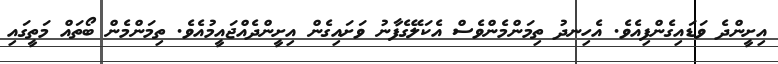
އިށީންދެ ވަޑައިގެންފިއެވެ. އެހިނދު ތިމަންމެންވެސް އެކަލޭގެފާނު ވަށައިގެން އިށީންދެއްޖައީމުއެވެ. ތިމަންމެން ބޯތައް މަތީގައި